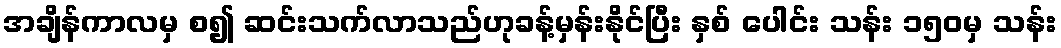
အချိန်ကာလမှ စ၍ ဆင်းသက်လာသည်ဟုခန့်မှန်းနိုင်ပြီး နှစ် ပေါင်း သန်း ၁၅၀မှ သန်း